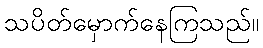
သပိတ်မှောက်နေကြသည်။